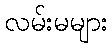
လမ်းမများ